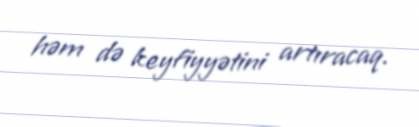
həm də keyfiyyətini artıracaq.